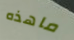
ماهذه